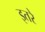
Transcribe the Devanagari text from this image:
इतरे